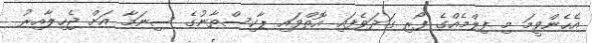
އެހެންވީމަ މި ފިލްމެއްގެ ފޯރި ގަދަވެފައި އޮތްވައި ޕާކިސްތާނުގެ ސިނަމާ އަށް ޖެހިލާއިރު